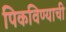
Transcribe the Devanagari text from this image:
पिकविण्याची